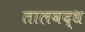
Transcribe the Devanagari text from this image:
तालवद्ध